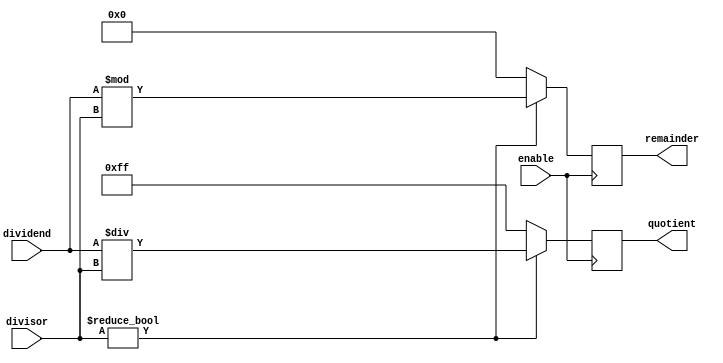
module Divider (
    input wire [7:0] dividend,
    input wire [7:0] divisor,
    input wire enable,
    output reg [7:0] quotient,
    output reg [7:0] remainder
);

always @ (posedge enable) begin
    if (divisor != 0) begin
        quotient <= dividend / divisor;
        remainder <= dividend % divisor;
    end else begin
        quotient <= 8'hff; // division by zero error
        remainder <= 0;
    end
end

endmodule